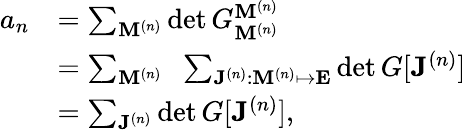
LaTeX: \begin{array}{rl}{a_{n}}&{=\sum_{\mathbf{M}^{(n)}}\det G_{\mathbf{M}^{(n)}}^{\mathbf{M}^{(n)}}}\\ &{=\sum_{\mathbf{M}^{(n)}}\; \; \sum_{\mathbf{J}^{(n)}:\mathbf{M}^{(n)}\mapsto\mathbf{E}}\det G[\mathbf{J}^{(n)}]}\\ &{=\sum_{\mathbf{J}^{(n)}}\det G[\mathbf{J}^{(n)}],}\end{array}